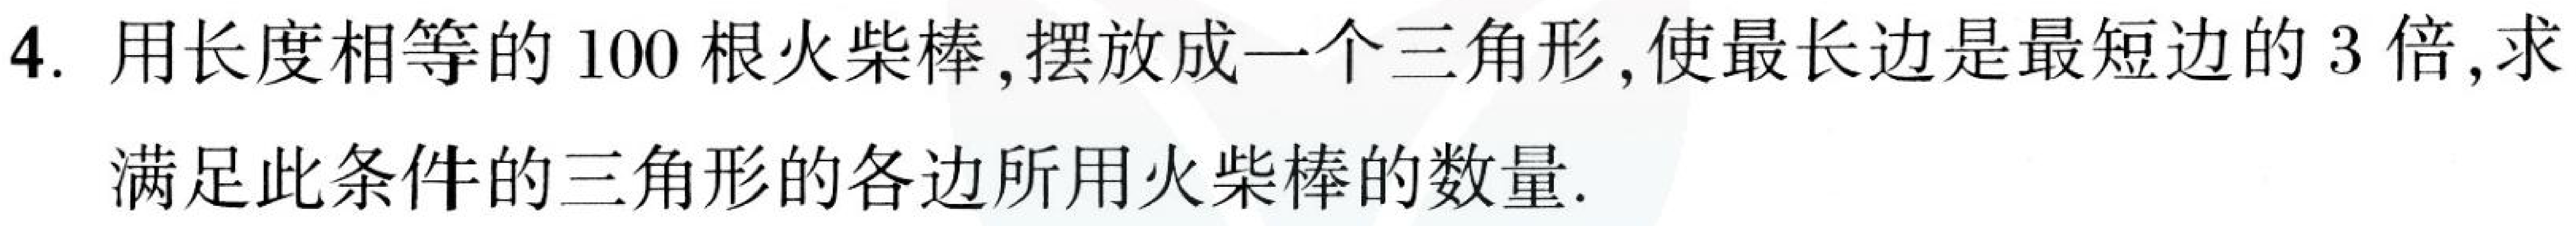
4. 用长度相等的100根火柴棒,摆放成一个三角形,使最长边是最短边的3倍,求
满足此条件的三角形的各边所用火柴棒的数量.